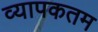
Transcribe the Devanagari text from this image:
व्यापकतम